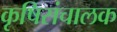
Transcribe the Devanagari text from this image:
कृषिसंचालक